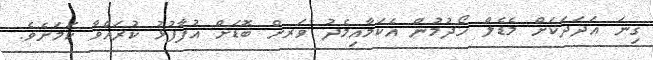
ގިނަ އަދަދަކަށް މެޑެލް ހޯދުމުން އެކަމާއިމެދު ވަަރށް ބޮޑަށް އުފާފުޅު ކުރައްވާ ކަމަށެވެ.